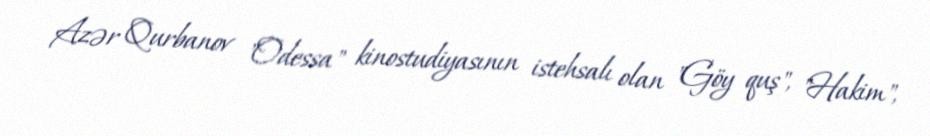
Azər Qurbanov "Odessa" kinostudiyasının istehsalı olan "Göy quş", "Hakim",